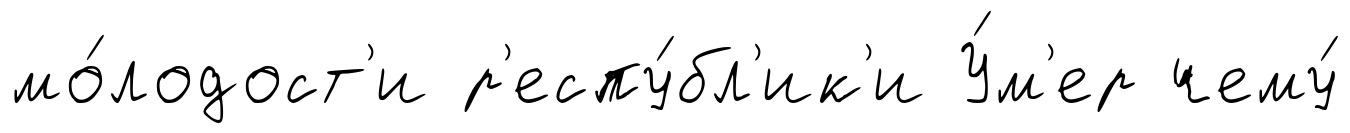
мо́лодост'и р'еспу́бл'ик'и У́м'ер чему́